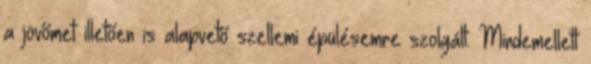
a jövőmet illetően is alapvető szellemi épülé­semre szol­gált. Mindemellett